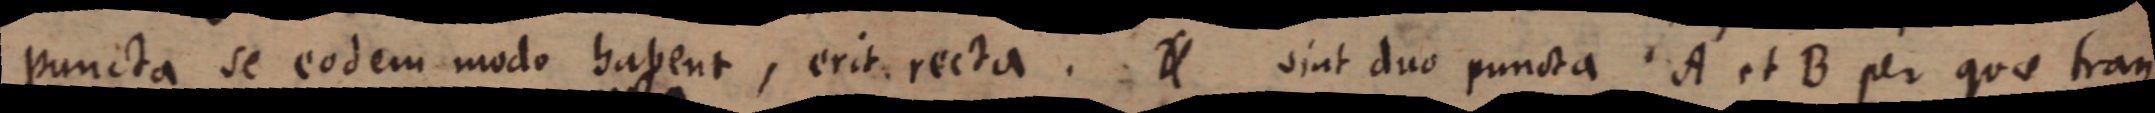
puncta se eodem modo habent, erit recta. _ sint duo puncta A et B per quae tram